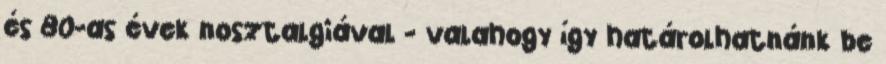
és 80-as évek nosztalgiával - valahogy így határolhatnánk be